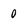
Character: 0